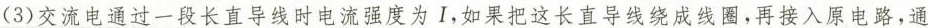
(3)交流电通过一段长直导线时电流强度为I，如果把这长直导线绕成线圈，再接入原电路，通